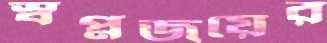
স্বপ্নজয়ের